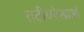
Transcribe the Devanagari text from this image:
तटीयरेखाओं